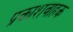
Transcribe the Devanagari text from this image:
प्रकाशवाहक